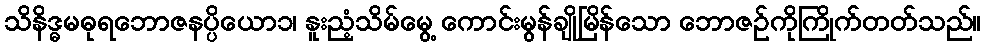
သိနိဒ္ဓမဓုရဘောဇနပ္ပိယော၁၊ နူးညံ့သိမ်မွေ့ ကောင်းမွန်ချိုမြိန်သော ဘောဇဉ်ကိုကြိုက်တတ်သည်။